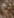
يا